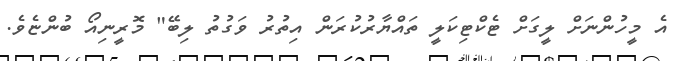
އެ މީހުންނަށް ލީގަށް ޓެކްޓިކަލީ ތައްޔާރުކުރަން އިތުރު ވަގުތު ލިބޭ" މޮރީނިއޯ ބުންޏެވެ.